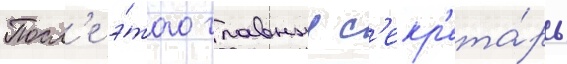
Посл'е э́того главныи с'екр'ета́рь